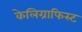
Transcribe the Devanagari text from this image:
केलिग्राफिस्ट